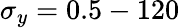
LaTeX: \sigma_{y}=0.5-120